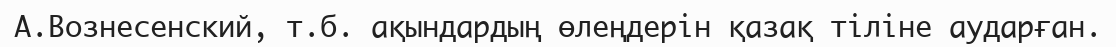
А.Вознесенский, т.б. ақындардың өлеңдерін қазақ тіліне аударған.